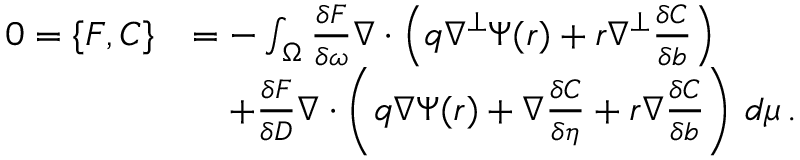
\begin{array} { r l } { 0 = \{ F , C \} } & { = - \int _ { \Omega } \frac { \delta F } { \delta \omega } \nabla \cdot \left( q \nabla ^ { \perp } \Psi ( r ) + r \nabla ^ { \perp } \frac { \delta C } { \delta b } \right) } \\ & { \quad + \frac { \delta F } { \delta D } \nabla \cdot \left( q \nabla \Psi ( r ) + \nabla \frac { \delta C } { \delta \eta } + r \nabla \frac { \delta C } { \delta b } \right) \, d \mu \, . } \end{array}